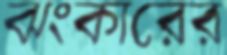
ঝংকারের